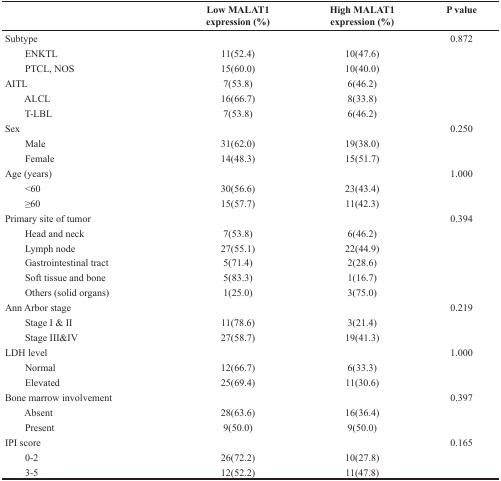
|  | Low MALAT1 expression (%) | High MALAT1 expression (%) | P value |
 | --- | --- | --- | --- |
 | Subtype |  |  | 0.872 |
 | ENKTL | 11(52.4) | 10(47.6) |  |
 | PTCL, NOS | 15(60.0) | 10(40.0) |  |
 | AITL | 7(53.8) | 6(46.2) |  |
 | ALCL | 16(66.7) | 8(33.8) |  |
 | T-LBL | 7(53.8) | 6(46.2) |  |
 | Sex |  |  | 0.250 |
 | Male | 31(62.0) | 19(38.0) |  |
 | Female | 14(48.3) | 15(51.7) |  |
 | Age (years) |  |  | 1.000 |
 | <60 | 30(56.6) | 23(43.4) |  |
 | ≥60 | 15(57.7) | 11(42.3) |  |
 | Primary site of tumor |  |  | 0.394 |
 | Head and neck | 7(53.8) | 6(46.2) |  |
 | Lymph node | 27(55.1) | 22(44.9) |  |
 | Gastrointestinal tract | 5(71.4) | 2(28.6) |  |
 | Soft tissue and bone | 5(83.3) | 1(16.7) |  |
 | Others (solid organs) | 1(25.0) | 3(75.0) |  |
 | Ann Arbor stage |  |  | 0.219 |
 | Stage I & II | 11(78.6) | 3(21.4) |  |
 | Stage III&IV | 27(58.7) | 19(41.3) |  |
 | LDH level |  |  | 1.000 |
 | Normal | 12(66.7) | 6(33.3) |  |
 | Elevated | 25(69.4) | 11(30.6) |  |
 | Bone marrow involvement |  |  | 0.397 |
 | Absent | 28(63.6) | 16(36.4) |  |
 | Present | 9(50.0) | 9(50.0) |  |
 | IPI score |  |  | 0.165 |
 | 0-2 | 26(72.2) | 10(27.8) |  |
 | 3-5 | 12(52.2) | 11(47.8) |  |